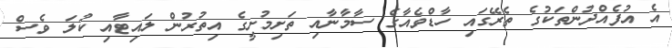
އެ އުފެއްދުންތަކުގެ ތެރޭގައި ހާޑްވެއާގެ ސާމާނާއި ތަށިމުށީގެ އިތުރުން ލައިޓާއި ކުލަ ވެސް